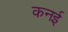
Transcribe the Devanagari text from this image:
कनई